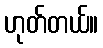
ဟုတ်တယ်။